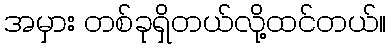
အမှား တစ်ခုရှိတယ်လို့ထင်တယ်။